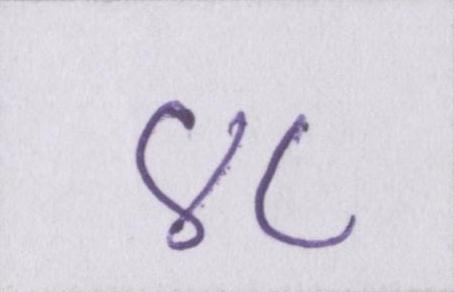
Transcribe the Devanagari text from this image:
४८